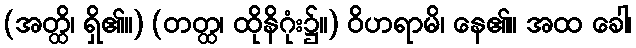
(အတ္ထိ၊ ရှိ၏။) (တတ္ထ၊ ထိုနိဂုံး၌။) ဝိဟရာမိ၊ နေ၏။ အထ ခေါ၊